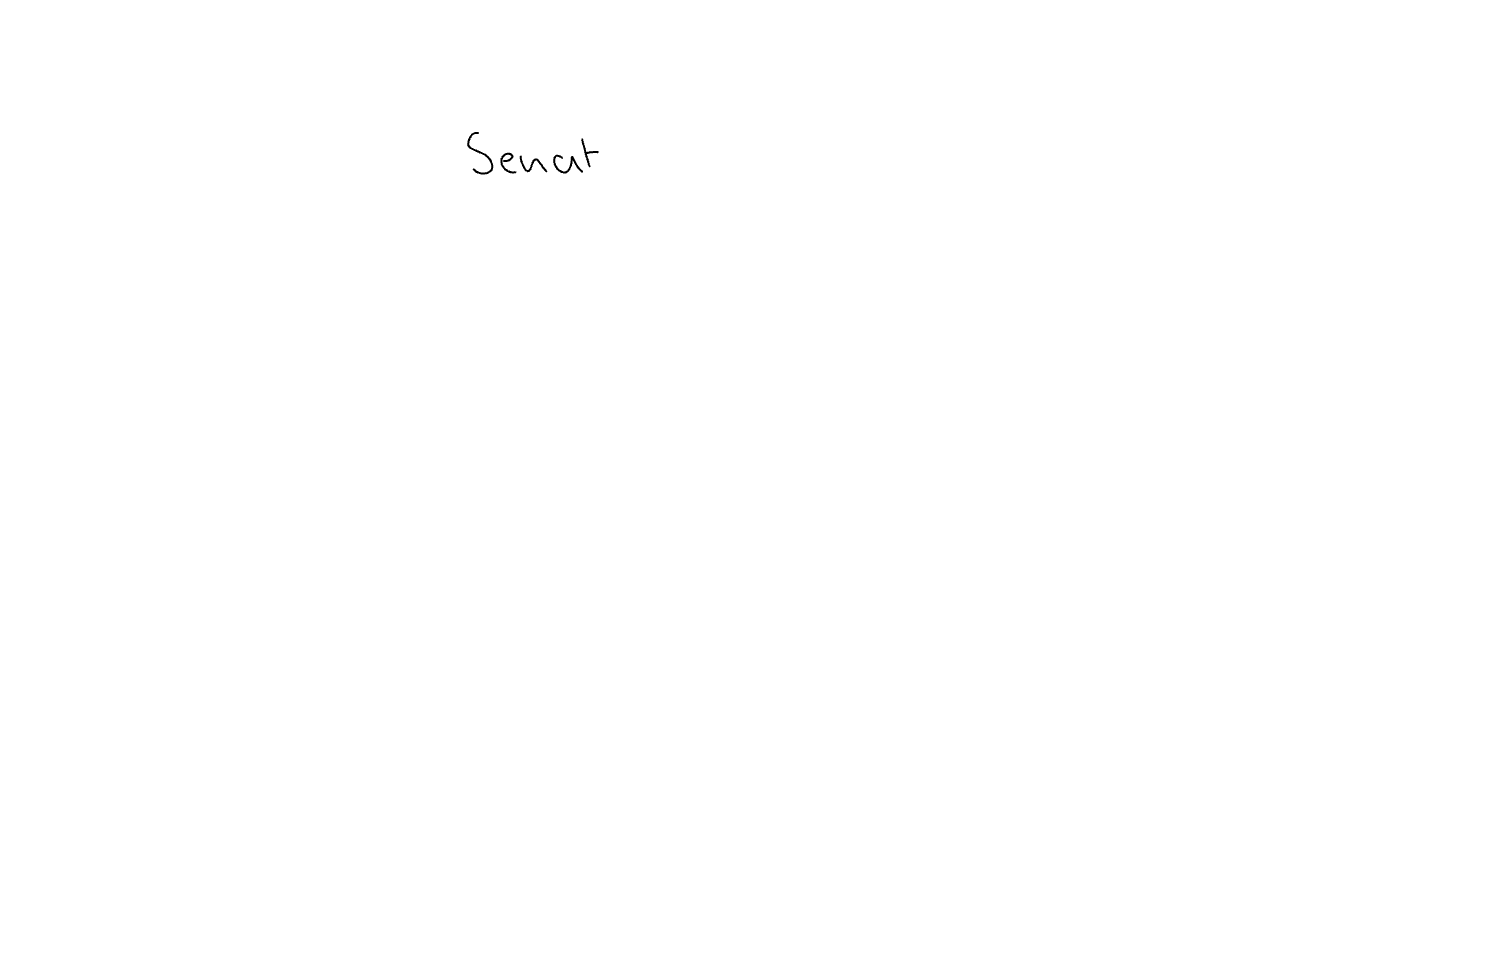
Text: Senat